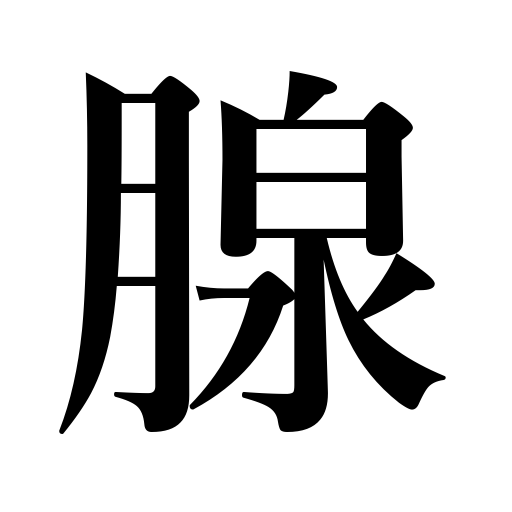
Meanings: gland